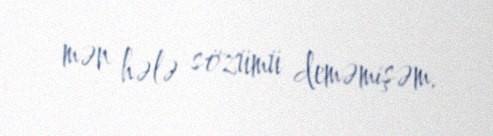
mən hələ sözümü deməmişəm.